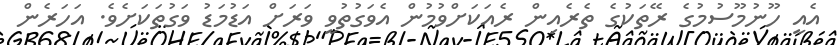
އެއީ ހޫނުމޫސުމުގެ ރޭތަކުގެ ތެރެއިން ރެއަކަށްވުމުން އެވަގުތުވީ ވަރަށް އަޑުމަޑު ވަގުތަކަށެވެ. އަހަރެން